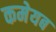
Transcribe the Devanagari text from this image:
कमेयब